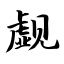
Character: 觑